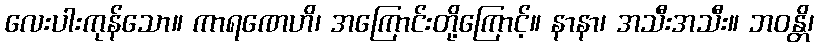
လေးပါးကုန်သော။ ကာရဏေဟိ၊ အကြောင်းတို့ကြောင့်။ နာနာ၊ အသီးအသီး။ ဘဝန္တိ၊